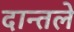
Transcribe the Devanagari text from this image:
दान्तले